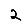
Digit: 2